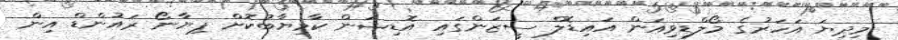
މިދިޔަ އަހަރުގެ މޯލްޑިވިއަން އައިޑޮލް ސީޒަންގައި އޮޑިޝަން ކާމިޔާބުކޮށް ޕިޔާނޯ ރައުންޑް އިން